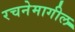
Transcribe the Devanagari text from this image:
रचनेमागील